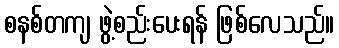
စနစ်တကျ ဖွဲ့စည်းပေးရန် ဖြစ်လေသည်။